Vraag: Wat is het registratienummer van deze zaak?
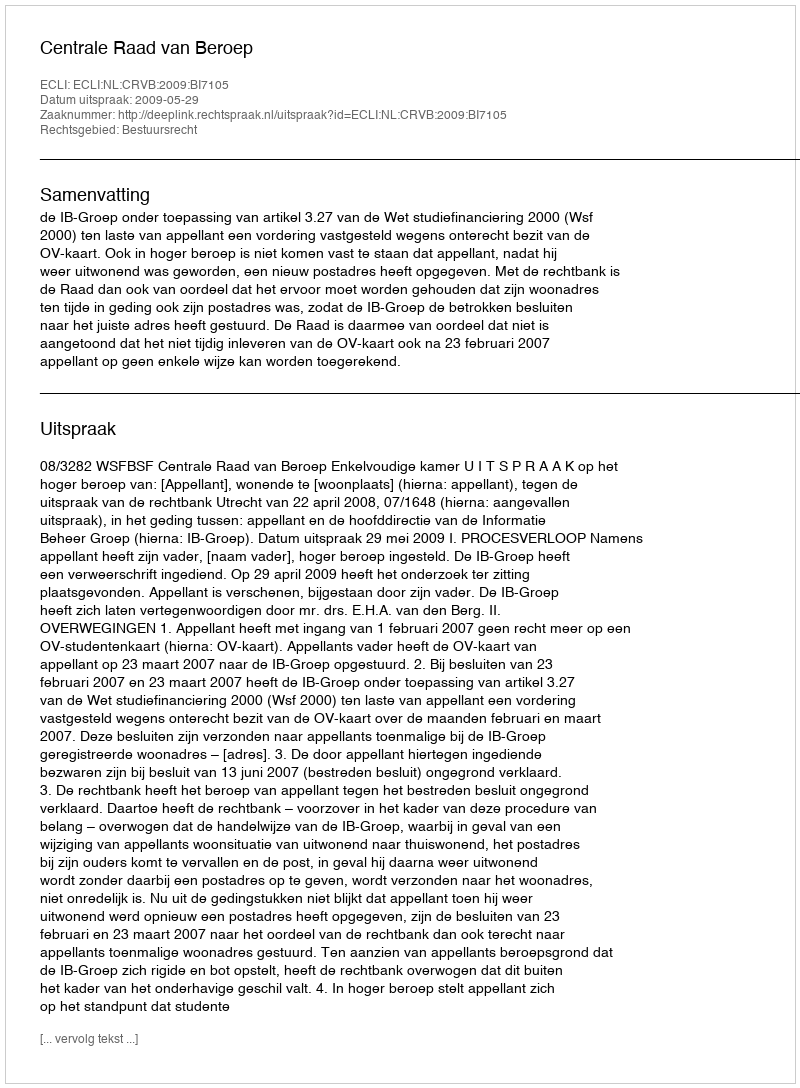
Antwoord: http://deeplink.rechtspraak.nl/uitspraak?id=ECLI:NL:CRVB:2009:BI7105